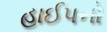
હાઈપનો